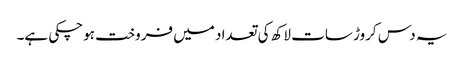
یہ دس کروڑ سات لاکھ کی تعداد میں فروخت ہوچکی ہے۔